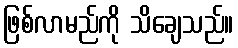
ဖြစ်လာမည်ကို သိချေသည်။